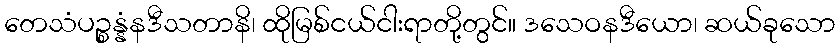
တေသံပဉ္စန္နံနဒီသတာနိ၊ ထိုမြစ်ငယ်ငါးရာတို့တွင်။ ဒသေဝနဒီယော၊ ဆယ်ခုသော